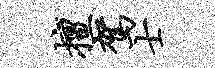
擅驾士